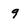
Character: 9